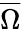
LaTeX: \overline{\Omega}